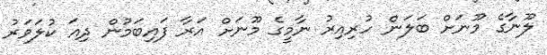
ލޫނާގެ މޫނަށް ބަލަން ހުރިއިރު ނާމީގެ މޫނަށް އަރާ ފައިބަމުން ދިއަ ކުލަވަރު